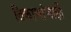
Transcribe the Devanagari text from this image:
ठिकाणांचाही